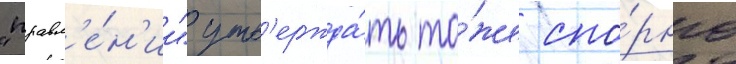
"правл'е́н'ии" утв'ержда́ть то́же спо́рно